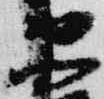
衛